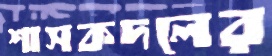
শাসকদলের